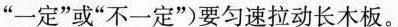
“一定”或”不一定”）要匀速拉动长木板。